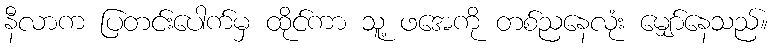
နီလာက ပြတင်းပေါက်မှ ထိုင်ကာ သူ့ ဖအေကို တစ်ညနေလုံး မျှော်နေသည်။